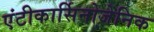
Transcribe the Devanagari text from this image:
एंटीकार्सिनोजेनिक